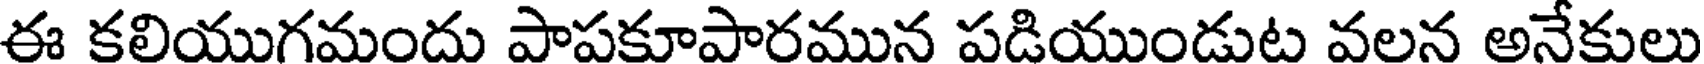
ఈ కలియుగమందు పాపకూపారమున పడియుండుట వలన అనేకులు